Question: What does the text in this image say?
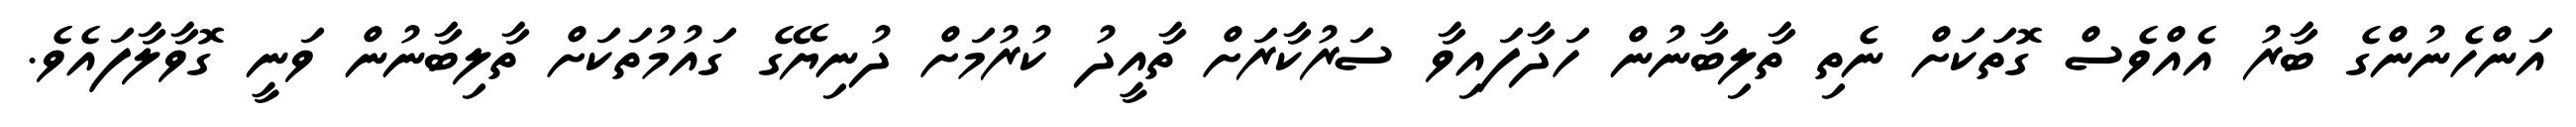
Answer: އަންހެނުންގެ ބާރު އެއްވެސް ގޮތަކަށް ނެތި ތާލިބާނުން ހަދާފައިވާ ސަރުކާރަށް ތާއީދު ކުރުމަށް ދުނިޔޭގެ ގައުމުތަކަށް ތާލިބާނުން ވަނީ ގޮވާލާފައެވެ.